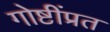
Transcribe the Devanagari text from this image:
गोष्टींप्रत